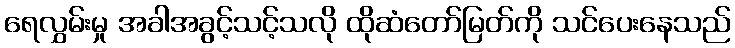
ရေလွှမ်းမှု အခါအခွင့်သင့်သလို ထိုဆံတော်မြတ်ကို သင်ပေးနေသည်